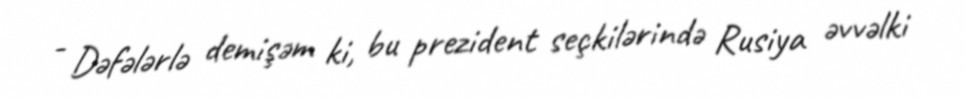
- Dəfələrlə demişəm ki, bu prezident seçkilərində Rusiya əvvəlki